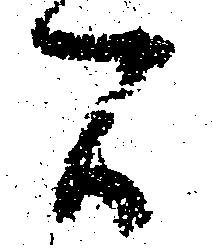
間